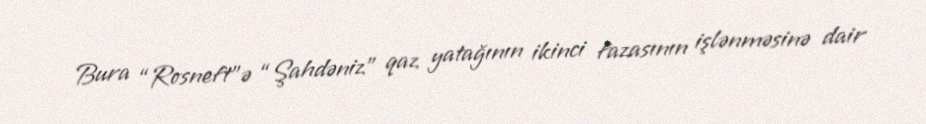
Bura “Rosneft”ə “Şahdəniz” qaz yatağının ikinci fazasının işlənməsinə dair